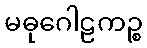
မဓုဂေါဠကဉ္စ